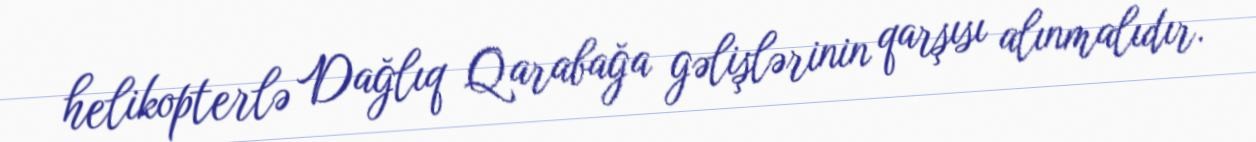
helikopterlə Dağlıq Qarabağa gəlişlərinin qarşısı alınmalıdır.